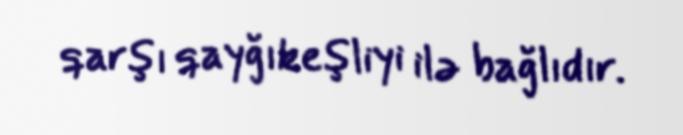
qarşı qayğıkeşliyi ilə bağlıdır.